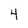
Character: 4